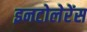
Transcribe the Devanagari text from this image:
इनटोलेरेंस